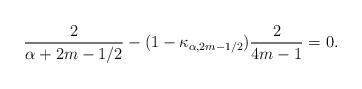
LaTeX: \begin{align*} \frac{2}{\alpha+2m-1/2} - (1-\kappa_{\alpha,2m-1/2}) \frac{2}{4m-1} = 0.\end{align*}